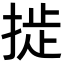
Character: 𫽉